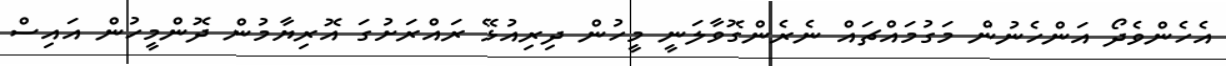
އެހެންވެދޯ އަންހެނުން މަގުމައްޗައް ނެރެންގޮވާލަނީ މީހުން ދިރިއުޅޭ ރައްރަށުގަ އޮރިޔާމުން ދޮންމީހުން އައިސް